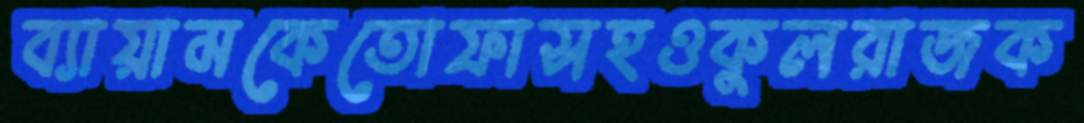
ব্যায়ামকেতোফাসহওকুলরাজক